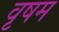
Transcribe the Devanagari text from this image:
वृषम